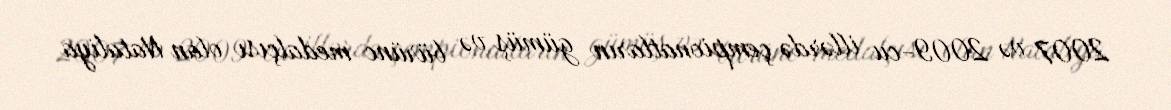
2007 və 2009-cu illərdə çempionatların gümüş və bürünc medalçısı olan Nataliya